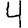
Digit: 4